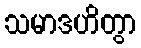
သမာဒဟိတွာ